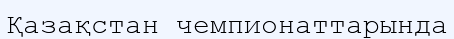
Қазақстан чемпионаттарында